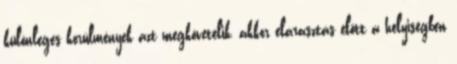
különleges körülmények azt megkövetelik, akkor elárasztás elõtt a helyiségben